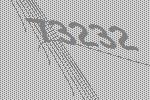
73232